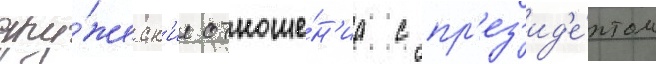
дру́жеск'ие отноше́н'иа с пр'ез'ид'е́нтом